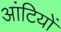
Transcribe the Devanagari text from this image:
आंटियों